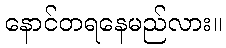
နောင်တရနေမည်လား။